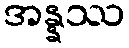
အန္နဿ